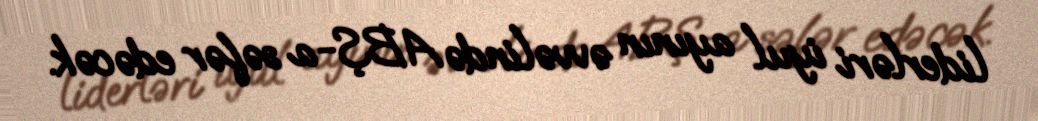
liderləri iyul ayının əvvəlində ABŞ-a səfər edəcək.